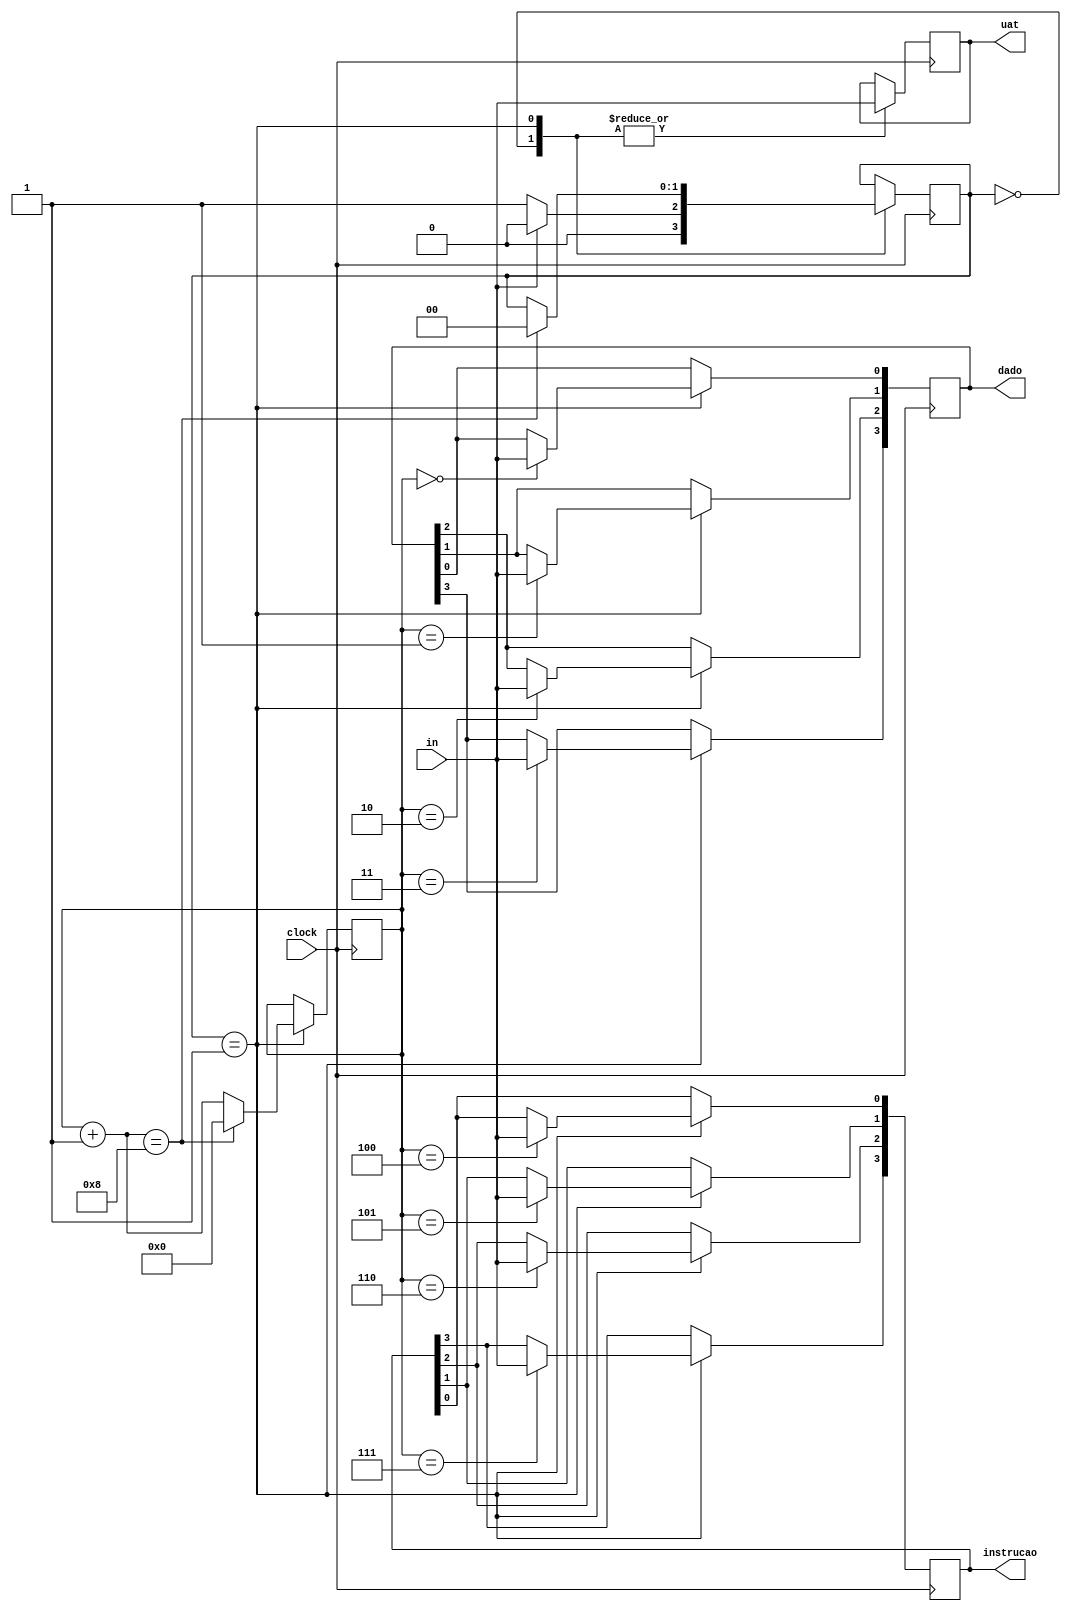
module uart (in, dado, instrucao, clock, uat);
    input in, clock;
    output reg [3:0] dado, instrucao;
    output reg uat;
    reg [1:0] state;
    reg [3:0] tempo;
    parameter idle = 0, atribucao = 1;

    always @(posedge clock) begin  
        case (state)
            idle: begin
                uat <= in;
                if (~in) 
                    state <= atribucao;   
                else 
                    state <= idle;
            end

            atribucao: begin
                uat <= in;
                case (tempo)
                    0: dado[0] <= in;
                    1: dado[1] <= in;
                    2: dado[2] <= in;
                    3: dado[3] <= in;
                    4: instrucao[0] <= in;
                    5: instrucao[1] <= in;
                    6: instrucao[2] <= in;
                    7: instrucao[3] <= in;
                endcase
                tempo = tempo + 1;
                if (tempo == 8) begin 
                    state <= idle;  
                    tempo = 0;
                end
            end
        endcase
    end
endmodule